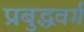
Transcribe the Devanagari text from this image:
प्रबुद्धवर्ग